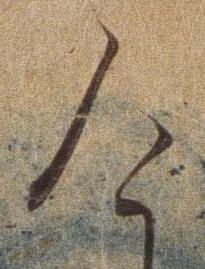
け